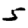
Digit: 5